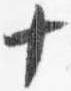
十